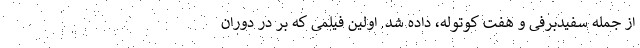
از جمله سفیدبرفی و هفت کوتوله، داده شد. اولین فیلمی که بر در دوران